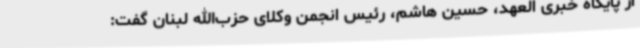
از پایگاه خبری العهد، حسین هاشم، رئیس انجمن وکلای حزب‌الله لبنان گفت: